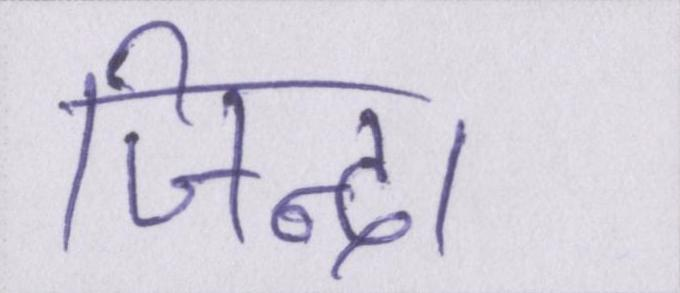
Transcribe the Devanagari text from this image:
जिन्दा